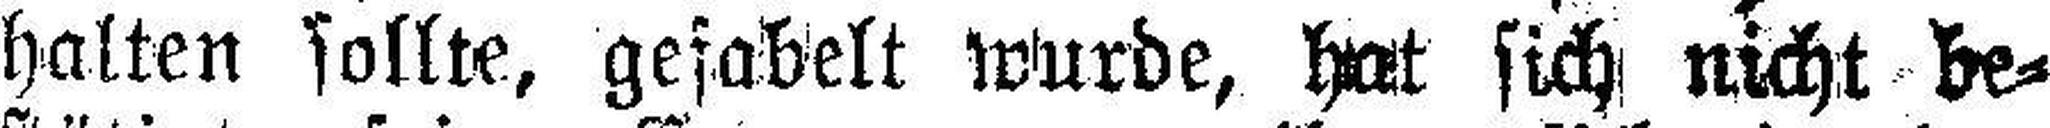
halten sollte, gefabelt wurde, hat sich nicht be¬